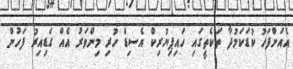
އެއަށްފަހު ކުޑަކަމުދާ ތަކެތީގައި ހައިޕިޔުރިކް އެސިޑް ހުރި މިންވަރު އެއް ގަޑިއިރު ފަހުން